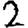
Digit: 2